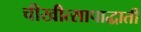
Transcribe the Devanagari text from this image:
चीखीत्सापाद्धाती